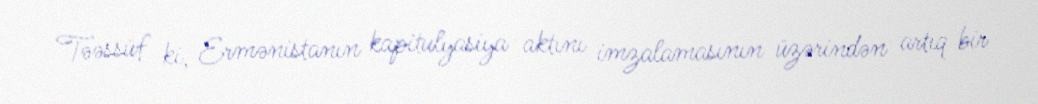
Təəssüf ki, Ermənistanın kapitulyasiya aktını imzalamasının üzərindən artıq bir